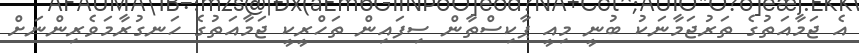
އެ ޖަމާއަތުގެ ތަރުޖަމާނަކު ބުނީ މިއީ ޕާކިސްތާން ސިފައިން ތަހްރީކީ ޖަމާއަތުގެ ހަނގުރާމަވެރިންނަށް